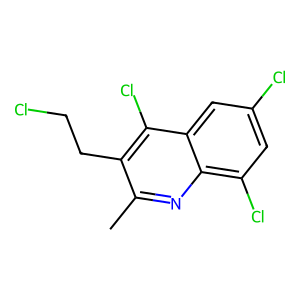
SMILES: Cc1nc2c(Cl)cc(Cl)cc2c(Cl)c1CCCl
Inhibits HIV replication: No